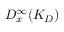
D _ { x } ^ { \infty } ( K _ { D } )